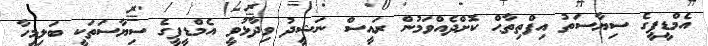
އެމްޑީޕީގެ ސިޔާސަތު އިފްތިތާޙް ކޮށްދެއްވަމުން ރައީސް ނަޝީދު ވިދާޅުވީ އެމްޑީޕީގެ ސިޔާސަތަކީ ބަލިމީހާ